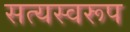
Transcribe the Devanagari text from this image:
सत्‍यस्‍वरूप